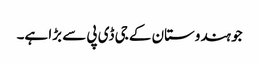
جو ہندوستان کے جی ڈی پی سے بڑا ہے۔